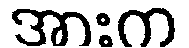
အားက